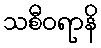
သစီဝရာနိ